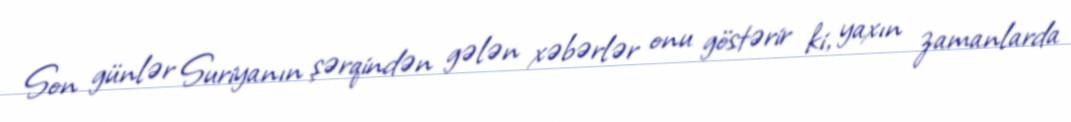
Son günlər Suriyanın şərqindən gələn xəbərlər onu göstərir ki, yaxın zamanlarda